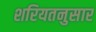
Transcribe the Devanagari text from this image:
शरियतनुसार